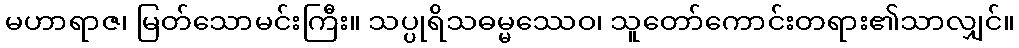
မဟာရာဇ၊ မြတ်သောမင်းကြီး။ သပ္ပုရိသဓမ္မဿေဝ၊ သူတော်ကောင်းတရား၏သာလျှင်။